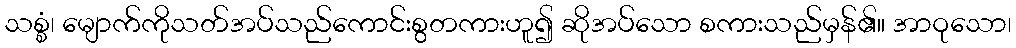
သစ္စံ၊ မျောက်ကိုသတ်အပ်သည်ကောင်းစွတကားဟူ၍ ဆိုအပ်သော စကားသည်မှန်၏။ အာဝုသော၊